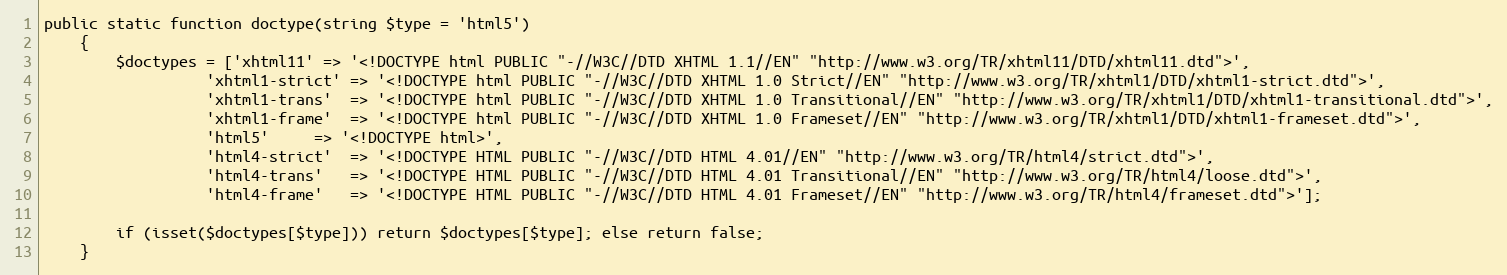
Language: PHP
public static function doctype(string $type = 'html5')
    {
        $doctypes = ['xhtml11' => '<!DOCTYPE html PUBLIC "-//W3C//DTD XHTML 1.1//EN" "http://www.w3.org/TR/xhtml11/DTD/xhtml11.dtd">',
                  'xhtml1-strict' => '<!DOCTYPE html PUBLIC "-//W3C//DTD XHTML 1.0 Strict//EN" "http://www.w3.org/TR/xhtml1/DTD/xhtml1-strict.dtd">',
                  'xhtml1-trans'  => '<!DOCTYPE html PUBLIC "-//W3C//DTD XHTML 1.0 Transitional//EN" "http://www.w3.org/TR/xhtml1/DTD/xhtml1-transitional.dtd">',
                  'xhtml1-frame'  => '<!DOCTYPE html PUBLIC "-//W3C//DTD XHTML 1.0 Frameset//EN" "http://www.w3.org/TR/xhtml1/DTD/xhtml1-frameset.dtd">',
                  'html5'	  => '<!DOCTYPE html>',
                  'html4-strict'  => '<!DOCTYPE HTML PUBLIC "-//W3C//DTD HTML 4.01//EN" "http://www.w3.org/TR/html4/strict.dtd">',
                  'html4-trans'	  => '<!DOCTYPE HTML PUBLIC "-//W3C//DTD HTML 4.01 Transitional//EN" "http://www.w3.org/TR/html4/loose.dtd">',
                  'html4-frame'	  => '<!DOCTYPE HTML PUBLIC "-//W3C//DTD HTML 4.01 Frameset//EN" "http://www.w3.org/TR/html4/frameset.dtd">'];

        if (isset($doctypes[$type])) return $doctypes[$type]; else return false;
    }